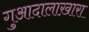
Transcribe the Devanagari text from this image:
गुआदालाख़ारा